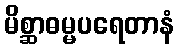
မိစ္ဆာဓမ္မပရေတာနံ